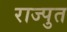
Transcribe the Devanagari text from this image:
राज्पुत